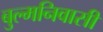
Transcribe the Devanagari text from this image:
बुल्मनिवासी